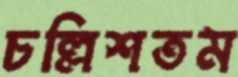
চল্লিশতম